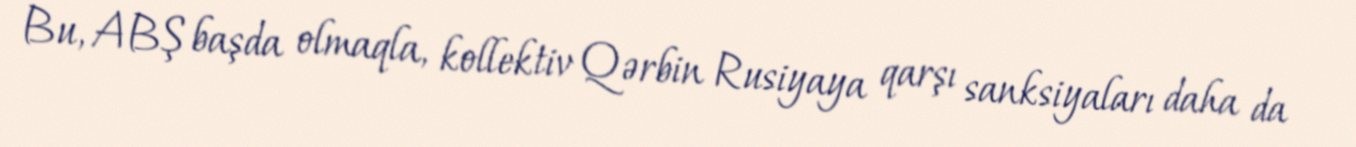
Bu, ABŞ başda olmaqla, kollektiv Qərbin Rusiyaya qarşı sanksiyaları daha da